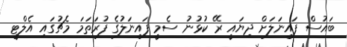
ބައުސް ފައިނަލަށް ދިޔައީ ރޭ ކުޅުނު ސެމީ ފައިނަލުގެ ފުރަތަމަ މެޗުގައި އެލްޓީ